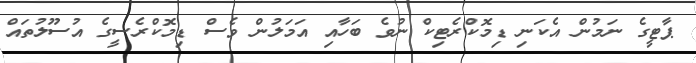
ޕާޓީގެ ނަމުން އެކަނި ޑިމޮކްރެޓިކް ނުވެ ބަހާއި އަމަލުން ވެސް ޑިމޮކްރެސީގެ އުސޫލުތައް